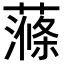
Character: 𧀝